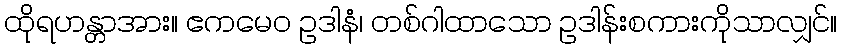
ထိုရဟန္တာအား။ ဧကမေဝ ဥဒါနံ၊ တစ်ဂါထာသော ဥဒါန်းစကားကိုသာလျှင်။